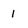
Character: I